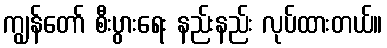
ကျွန်တော် စီးပွားရေး နည်းနည်း လုပ်ထားတယ်။